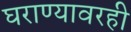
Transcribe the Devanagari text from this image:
घराण्यावरही